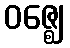
ဝဇ္ဈေ